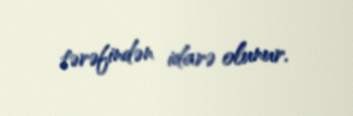
tərəfindən idarə olunur.